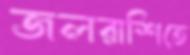
জলরাশিতে